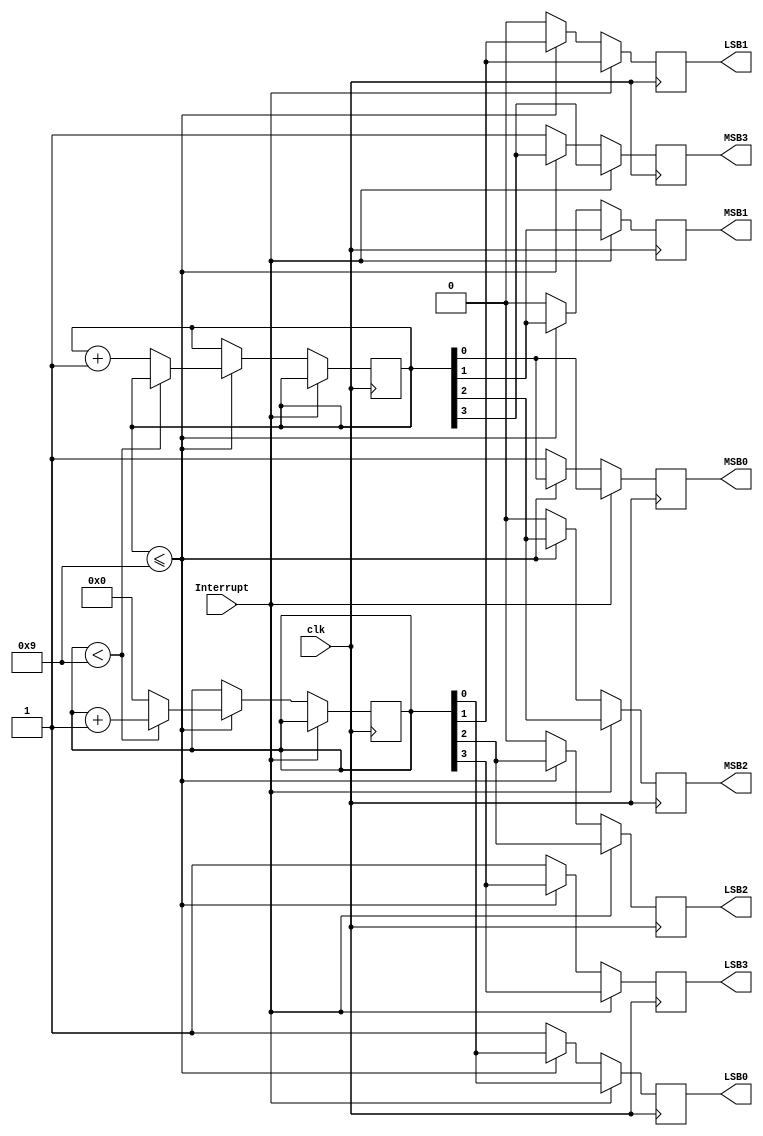
module StopWatch(clk, MSB0, MSB1, MSB2, MSB3, LSB0, LSB1, LSB2, LSB3, Interrupt);
	
	input clk;

	output reg MSB0, MSB1, MSB2, MSB3;
	output reg LSB0, LSB1, LSB2, LSB3;
	input Interrupt;
	reg [3:0] MSBcount;
	reg [3:0] LSBcount;
	

always@(negedge clk) begin

	if(Interrupt==0)
		begin
		
		if(MSBcount <= 9)
			begin
			if(LSBcount < 9)
				begin
				MSB3 <= MSBcount[3];
				MSB2 <= MSBcount[2];
				MSB1 <= MSBcount[1];
				MSB0 <= MSBcount[0];
				LSB3 <= LSBcount[3];
				LSB2 <= LSBcount[2];
				LSB1 <= LSBcount[1];
				LSB0 <= LSBcount[0];
				LSBcount <= LSBcount + 1;
			end
			else begin
				LSBcount <= 0;
				MSBcount <= MSBcount + 1;
				MSB3 <= MSBcount[3];
				MSB2 <= MSBcount[2];
				MSB1 <= MSBcount[1];
				MSB0 <= MSBcount[0];
				LSB3 <= LSBcount[3];
				LSB2 <= LSBcount[2];
				LSB1 <= LSBcount[1];
				LSB0 <= LSBcount[0];
				end
			end
		else begin
			MSB3 <= 1;
			MSB2 <= 0;
			MSB1 <= 0;
			MSB0 <= 1;
			LSB3 <= 1;
			LSB2 <= 0;
			LSB1 <= 0;
			LSB0 <= 1;
		end
	end
	else begin
		MSB3 <= MSBcount[3];
		MSB2 <= MSBcount[2];
		MSB1 <= MSBcount[1];
		MSB0 <= MSBcount[0];
		LSB3 <= LSBcount[3];
		LSB2 <= LSBcount[2];
		LSB1 <= LSBcount[1];
		LSB0 <= LSBcount[0];	
	end
	
end		

endmodule